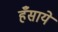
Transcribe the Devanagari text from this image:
हँसाये